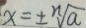
x = \pm \sqrt [ n ] { a }